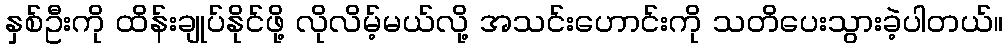
နှစ်ဦးကို ထိန်းချုပ်နိုင်ဖို့ လိုလိမ့်မယ်လို့ အသင်းဟောင်းကို သတိပေးသွားခဲ့ပါတယ်။